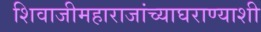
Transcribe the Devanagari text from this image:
शिवाजीमहाराजांच्याघराण्याशी